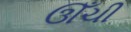
ઊઁચી